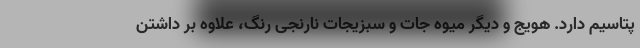
پتاسیم دارد. هویج و دیگر میوه جات و سبزیجات نارنجی رنگ، علاوه بر داشتن